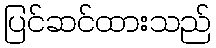
ပြင်ဆင်ထားသည်